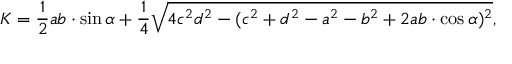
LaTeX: K = { \frac { 1 } { 2 } } a b \cdot \sin { \alpha } + { \frac { 1 } { 4 } } { \sqrt { 4 c ^ { 2 } d ^ { 2 } - ( c ^ { 2 } + d ^ { 2 } - a ^ { 2 } - b ^ { 2 } + 2 a b \cdot \cos { \alpha } ) ^ { 2 } } } ,